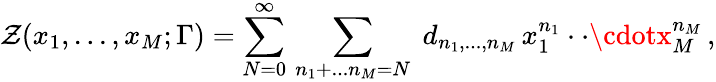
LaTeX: \mathcal{Z}(x_{1},...,x_{M};\Gamma)=\sum_{N=0}^{\infty}\, \sum_{n_{1}+...n_{M}=N}\; d_{n_{1},...,n_{M}}\, x_{1}^{n_{1}}\cdot\cdot\cdotx_{M}^{n_{M}}\, ,